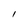
Character: l